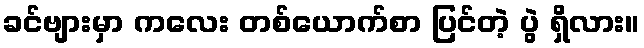
ခင်ဗျားမှာ ကလေး တစ်ယောက်စာ ပြင်တဲ့ ပွဲ ရှိလား။